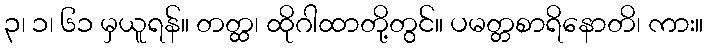
၃၊ ၁၊ ၆၁ မှယူရန်။ တတ္ထ၊ ထိုဂါထာတို့တွင်။ ပမတ္တစာရိနောတိ၊ ကား။